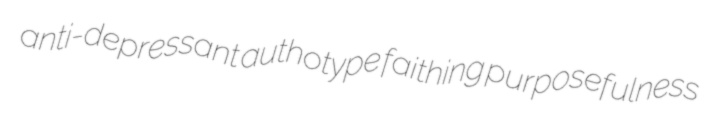
anti-depressant authotype faithing purposefulness